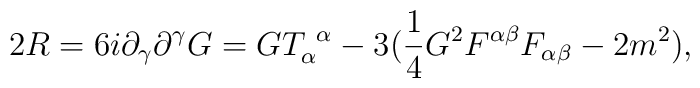
2R=6i\partial_\gamma\partial^\gamma G=GT^{~\alpha}_\alpha-3({1\over 4}G^2F^{\alpha\beta}F_{\alpha\beta}-2m^2),